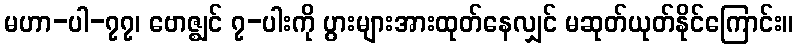
မဟာ-ပါ-၇၇၊ ဗောဇ္ဈင် ၇-ပါးကို ပွားများအားထုတ်နေလျှင် မဆုတ်ယုတ်နိုင်ကြောင်း။